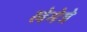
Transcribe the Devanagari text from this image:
लेमेत्रे